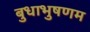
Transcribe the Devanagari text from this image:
बुधाभुषणम